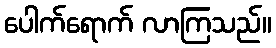
ပေါက်ရောက် လာကြသည်။